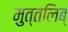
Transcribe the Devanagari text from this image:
मुत्तलिब्